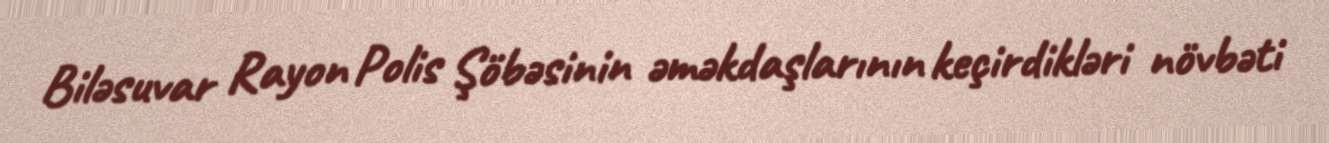
Biləsuvar Rayon Polis Şöbəsinin əməkdaşlarının keçirdikləri növbəti